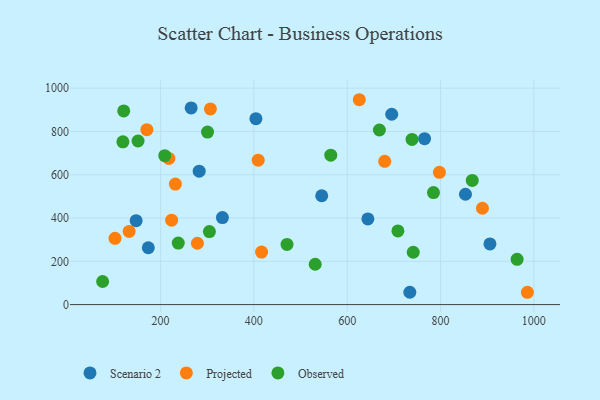
{"axis": {"x": "Distance", "y": "Sales"}, "legend": ["Observed", "Projected", "Scenario 2"], "data": [{"x": "404.4", "y": 859.1, "type": "Scenario 2"}, {"x": "332.6", "y": 402.1, "type": "Scenario 2"}, {"x": "644.3", "y": 395.9, "type": "Scenario 2"}, {"x": "695.4", "y": 879.3, "type": "Scenario 2"}, {"x": "282.8", "y": 616.6, "type": "Scenario 2"}, {"x": "147.7", "y": 387.5, "type": "Scenario 2"}, {"x": "545.4", "y": 502.9, "type": "Scenario 2"}, {"x": "905.9", "y": 280.3, "type": "Scenario 2"}, {"x": "853.4", "y": 509.9, "type": "Scenario 2"}, {"x": "765.8", "y": 766.5, "type": "Scenario 2"}, {"x": "173.8", "y": 262.7, "type": "Scenario 2"}, {"x": "265.6", "y": 908.8, "type": "Scenario 2"}, {"x": "734.2", "y": 57.1, "type": "Scenario 2"}, {"x": "279.0", "y": 283.5, "type": "Projected"}, {"x": "889.8", "y": 445.1, "type": "Projected"}, {"x": "102.4", "y": 306.0, "type": "Projected"}, {"x": "797.6", "y": 611.1, "type": "Projected"}, {"x": "986.1", "y": 56.9, "type": "Projected"}, {"x": "680.4", "y": 661.8, "type": "Projected"}, {"x": "409.3", "y": 667.0, "type": "Projected"}, {"x": "132.7", "y": 338.2, "type": "Projected"}, {"x": "170.7", "y": 807.9, "type": "Projected"}, {"x": "217.9", "y": 675.4, "type": "Projected"}, {"x": "231.8", "y": 557.0, "type": "Projected"}, {"x": "223.8", "y": 390.1, "type": "Projected"}, {"x": "306.9", "y": 904.1, "type": "Projected"}, {"x": "625.9", "y": 946.5, "type": "Projected"}, {"x": "416.5", "y": 242.4, "type": "Projected"}, {"x": "708.7", "y": 340.4, "type": "Observed"}, {"x": "471.0", "y": 278.2, "type": "Observed"}, {"x": "75.9", "y": 106.7, "type": "Observed"}, {"x": "784.9", "y": 517.3, "type": "Observed"}, {"x": "868.0", "y": 573.5, "type": "Observed"}, {"x": "964.1", "y": 209.3, "type": "Observed"}, {"x": "300.7", "y": 796.9, "type": "Observed"}, {"x": "738.9", "y": 763.1, "type": "Observed"}, {"x": "741.5", "y": 241.8, "type": "Observed"}, {"x": "564.8", "y": 690.1, "type": "Observed"}, {"x": "119.3", "y": 751.9, "type": "Observed"}, {"x": "669.0", "y": 806.6, "type": "Observed"}, {"x": "209.0", "y": 688.1, "type": "Observed"}, {"x": "121.1", "y": 894.6, "type": "Observed"}, {"x": "304.7", "y": 337.2, "type": "Observed"}, {"x": "238.0", "y": 284.4, "type": "Observed"}, {"x": "151.8", "y": 755.9, "type": "Observed"}, {"x": "531.4", "y": 186.3, "type": "Observed"}]}